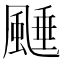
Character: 𩗰